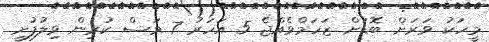
މީހަކު ވަރަށް ބޮޑަށް ޒަހަމްވެެއްޖެ 5 އަހަރު 7 މަސް ކުރިން ވިލުފުށީ